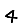
Digit: 4